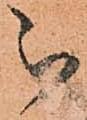
被